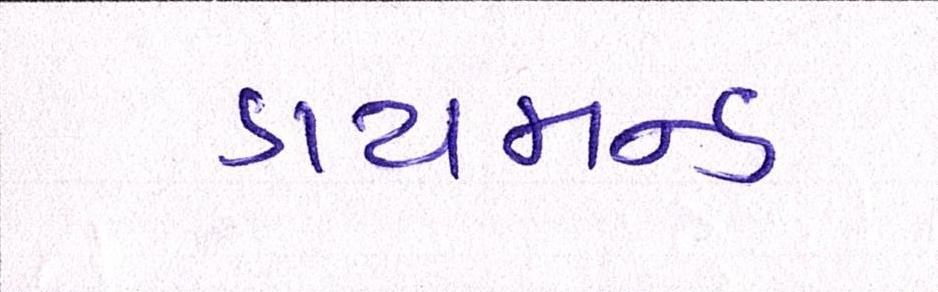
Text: ડાયમન્ડ